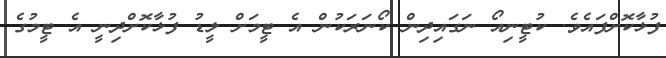
ފުޅާކޮށްފައެވެ. ކުޓީނިއޯ ނަގައިދިން ކޯނަރަކުން އެ ޓީމަށް ލީޑު ފުޅާކޮށްދިނީ އެ ޓީމުގެ